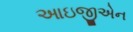
આઇજીએન